Annual report on the working of the lock hospitals in the North-Western Provinces and Oudh
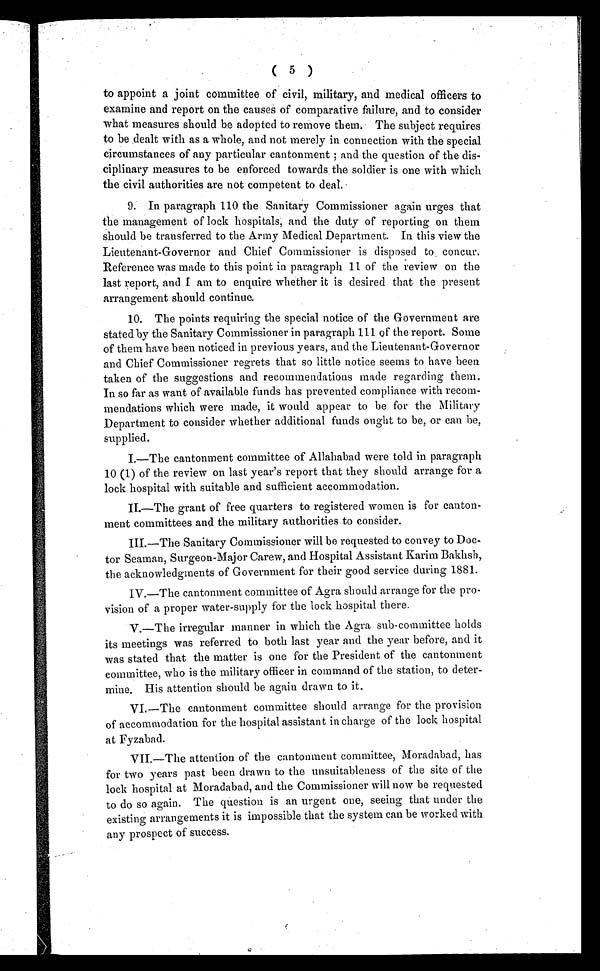
( 5 )
to appoint a joint committee of civil, military, and medical officers to
examine and report on the causes of comparative failure, and to consider
what measures should be adopted to remove them. The subject requires
to be dealt with as a whole, and not merely in connection with the special
circumstances of any particular cantonment; and the question of the dis-
ciplinary measures to be enforced towards the soldier is one with which
the civil authorities are not competent to deal.
9. In paragraph 110 the Sanitary Commissioner again urges that
the management of lock hospitals, and the duty of reporting on them
should be transferred to the Army Medical Department. In this view the
Lieutenant-Governor and Chief Commissioner is disposed to concur.
Reference was made to this point in paragraph 11 of the review on the
last report, and I am to enquire whether it is desired that the present
arrangement should continue.
10. The points requiring the special notice of the Government are
stated by the Sanitary Commissioner in paragraph 111 of the report. Some
of them have been noticed in previous years, and the Lieutenant-Governor
and Chief Commissioner regrets that so little notice seems to have been
taken of the suggestions and recommendations made regarding them.
In so far as want of available funds has prevented compliance with recom-
mendations which were made, it would appear to be for the Military
Department to consider whether additional funds ought to be, or can be,
supplied.
I.—The cantonment committee of Allahabad were told in paragraph
10 (1) of the review on last year's report that they should arrange for a
lock hospital with suitable and sufficient accommodation.
II.—The grant of free quarters to registered women is for canton-
ment committees and the military authorities to consider.
III.—The Sanitary Commissioner will be requested to convey to Doc-
tor Seaman, Surgeon-Major Carew, and Hospital Assistant Karim Bakhsh,
the acknowledgments of Government for their good service during 1881.
IV.—The cantonment committee of Agra should arrange for the pro-
vision of a proper water-supply for the lock hospital there.
V.—The irregular manner in which the Agra sub-committee holds
its meetings was referred to both last year and the year before, and it
was stated that the matter is one for the President of the cantonment
committee, who is the military officer in command of the station, to deter-
mine. His attention should be again drawn to it.
VI.—The cantonment committee should arrange for the provision
of accommodation for the hospital assistant in charge of the lock hospital
at Fyzabad.
VII.—The attention of the cantonment committee, Moradabad, has
for two years past been drawn to the unsuitableness of the site of the
lock hospital at Moradabad, and the Commissioner will now be requested
to do so again. The question is an urgent one, seeing that under the
existing arrangements it is impossible that the system can be worked with
any prospect of success.